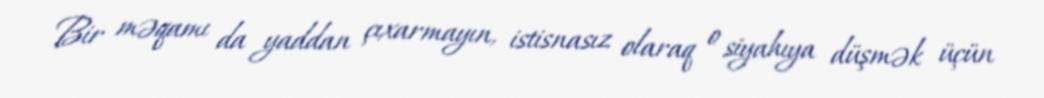
Bir məqamı da yaddan çıxarmayın, istisnasız olaraq o siyahıya düşmək üçün